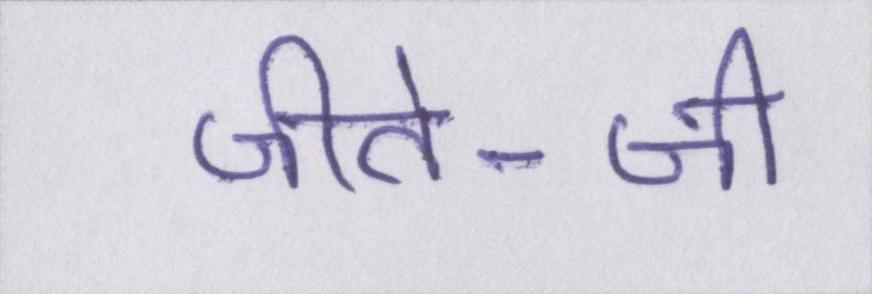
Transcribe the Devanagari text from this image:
जीते-जी